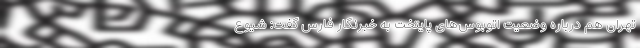
تهران هم درباره وضعیت اتوبوس‌های پایتخت به خبرنگار فارس گفت: شیوع